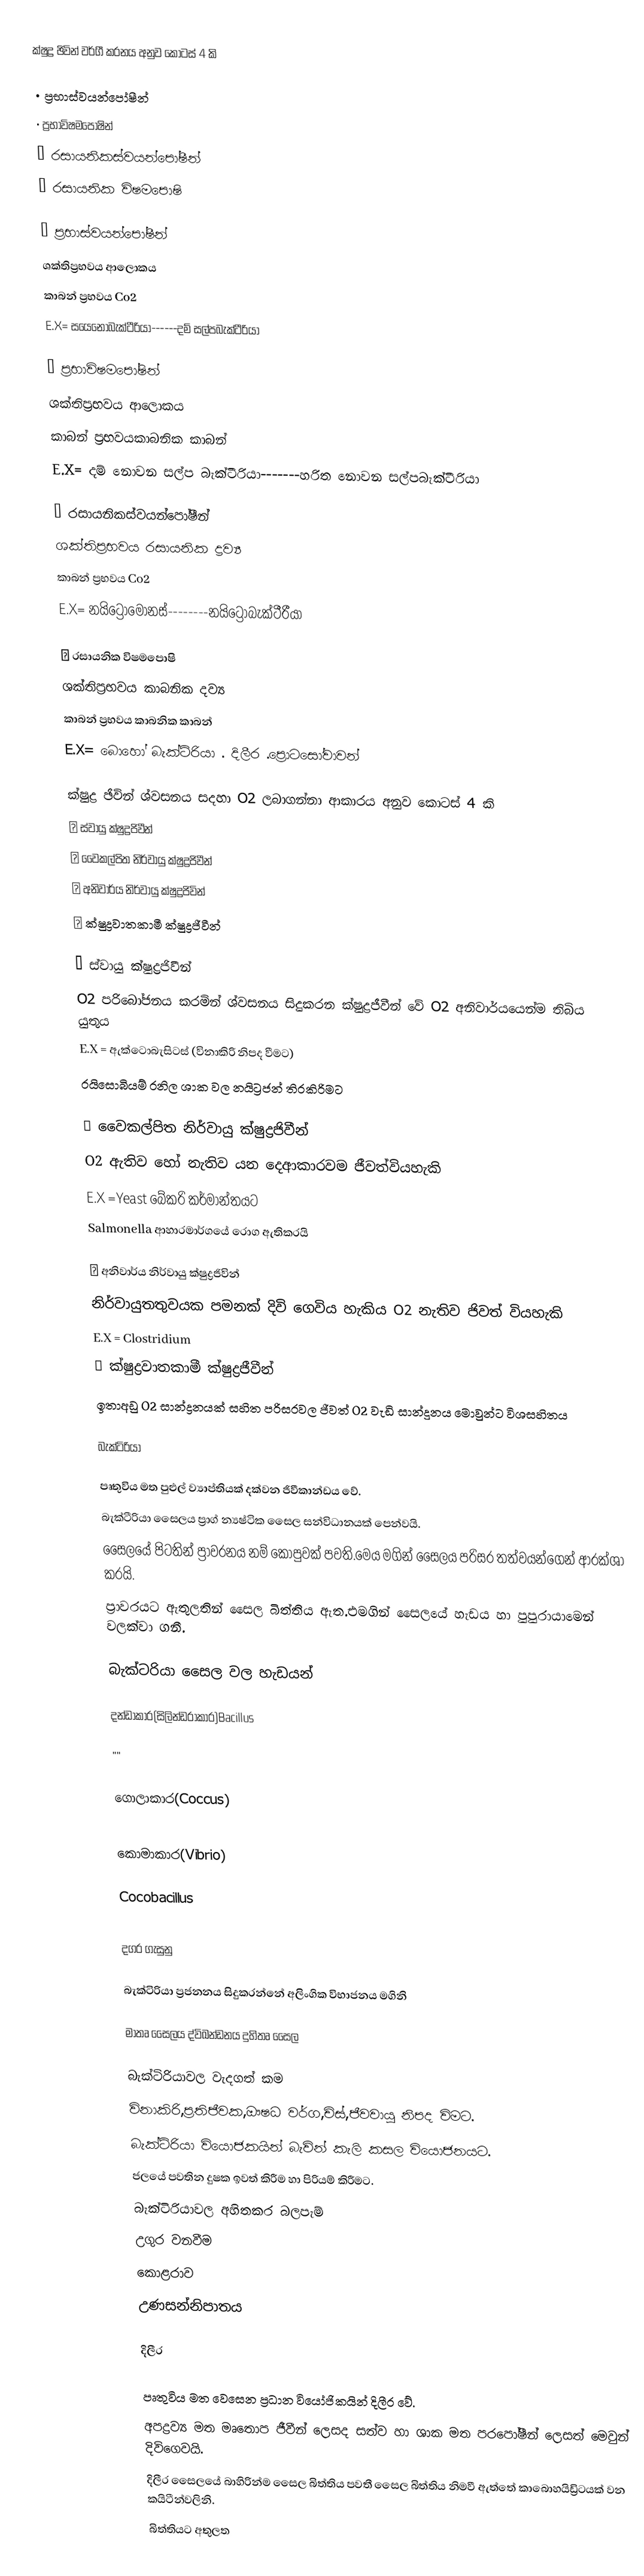
ක්ෂුද්‍ර ඡිවින් වර්ගී කරනය අනුව කොටස් 4 කි

•	ප්‍රභාස්වයන්පෝෂීන්
•	ප්‍රභාවිෂමපෝෂින්
•	රසායනිකස්වයන්පෝෂීන්
•	රසායනික විෂමපොෂි

	ප්‍රභාස්වයන්පෝෂීන්
ශක්තිප්‍රභවය ආලොකය
කාබන් ප්‍රභවය Co2
E.X= සයෙනොබැක්ටීරියා------දම් සල්පබැක්ටීරියා

	ප්‍රභාවිෂමපෝෂින්
 ශක්තිප්‍රභවය ආලොකය
කාබන් ප්‍රභවයකාබනික කාබන්
E.X= දම් නොවන සල්ප බැක්ටීරියා-------හරිත නොවන සල්පබැක්ටීරියා

	රසායනිකස්වයන්පෝෂීන්
ශක්තිප්‍රභවය රසායනික ද්‍රව්‍ය
කාබන් ප්‍රභවය Co2
E.X=   නයිට්‍රෝමොනස්--------නයිට්‍රෝබැක්ටීරීයා

	රසායනික විෂමපොෂි
ශක්තිප්‍රභවය කාබනික දව්‍ය
කාබන් ප්‍රභවය කාබනික කාබන්
E.X=   බොහෝ බැක්ටිරියා . දිලීර .ප්‍රොටසෝවාවන්

ක්ෂුද්‍ර ඡිවින් ශ්වසනය සදහා O2 ලබාගන්නා ආකාරය අනුව කොටස් 4 කි
	ස්වායු ක්ෂුද්‍රජිවීන්
	වෛකල්පිත නිර්වායු ක්ෂුද්‍රජිවීන්
	අනිවාර්ය නිර්වායු ක්ෂුද්‍රජිවින්
	ක්ෂුද්‍රවාතකාමී ක්ෂුද්‍රජීවීන්

	ස්වායු ක්ෂුද්‍රජිවීන්
O2 පරිබෝජනය කරමින් ශ්වසනය සිදුකරන ක්ෂුද්‍රජීවීන් වේ  O2 අනිවාර්යයෙන්ම තිබිය යුතුය
E.X = ඇක්ටොබැසිටස් (විනාකිරි නිපද වීමට)
              රයිසොබියම්   රනිල ශාක වල නයිට්‍රජන් තිරකිරිමට

	වෛකල්පිත නිර්වායු ක්ෂුද්‍රජිවීන්
O2 ඇතිව හෝ නැතිව යන දෙආකාරවම ජීවත්වියහැකි
E.X =Yeast බේකරි කර්මාන්තයට
	Salmonella ආහාරමාර්ගයේ රොග ඇතිකරයි

	අනිවාර්ය නිර්වායු ක්ෂුද්‍රජිවින්
  නිර්වායුතතුවයක පමනක් දිවි ගෙවිය හැකිය O2 නැතිව ජිවත් වියහැකි
E.X = Clostridium
	ක්ෂුද්‍රවාතකාමී ක්ෂුද්‍රජීවීන්
ඉතාඅඩු O2  සාන්ද්‍රනයක් සහිත පරිසරවල ජීවත් O2  වැඩි සාන්දුනය මොවුන්ට විශසහිතය

බැක්ටිරියා

 	පෘතුවිය මත පුළුල් ව්‍යාප්තියක් දක්වන ජිවීකාන්ඩය වේ.
 	බැක්ටීරියා සෛලය ප්‍රාග් න්‍යෂ්ටික සෛල සන්විධානයක් පෙන්වයි.
 	සෛලයේ පිටතින් ප්‍රාවරනය නම් කොපුවක් පවති.මෙය මගින් සෛලය පරිසර තත්වයන්ගෙන් ආරක්ශා කරයි.
 	ප්‍රාවරයට ඇතුලතින් සෛල බිත්තිය ඇත.එමගින් සෛලයේ හැඩය හා පුපුරායාමෙන් වලක්වා ගනී.

බැක්ටරියා සෛල වල හැඩයන්

දන්ඩාකාර(සිලින්ඩරාකාර)Bacillus

''''

  ගොලාකාර(Coccus)

  කොමාකාර(Vibrio)

 Cocobacillus

දගර ගැසුනු

බැක්ටිරියා ප්‍රජනනය සිදුකරන්නේ අලිංගික විභාජනය මගිනි

	මාතෘ සෛලය         ද්විඛන්ඩනය               දුහිතෘ සෛල

   බැක්ටිරියාවල වැදගත් කම
විනාකිරි,ප්‍රතිජීවක,ඖෂධ වර්ග,චිස්,ජීවවායු නිපද විමට.
බැක්ටිරියා වියොජකයින් බැවින් කැලි කසල වියොජනයට.
ජලයේ පවතින දුෂක ඉවත් කිරීම හා පිරියම් කිරීමට.
   බැක්ටිරියාවල අහිතකර බලපැම්
උගුර වනවීම
කොළරාව
උණසන්නිපාතය

		                දිලීර

පෘතුවිය මත වෙසෙන ප්‍රධාන වියෝජිකයින් දිලීර වේ.
අපද්‍රව්‍ය මත මෘතොප ජීවීන් ලෙසද සත්ව හා ශාක මත පරපෝෂීන් ලෙසත් මෙවුන් දිවිගෙවයි.
දිලීර සෛලයේ බාහිරින්ම සෛල බිත්තිය පවතී සෛල බිත්තිය නිමවී ඇත්තේ කාබොහයිඩ්‍රිටයක් වන කයිටීන්වලිනි.
බිත්තියට අතුලත